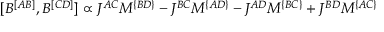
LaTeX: [ { \cal B } ^ { [ A B ] } , { \cal B } ^ { [ C D ] } ] \propto J ^ { A C } M ^ { \{ B D \} } - J ^ { B C } M ^ { \{ A D \} } - J ^ { A D } M ^ { \{ B C \} } + J ^ { B D } M ^ { \{ A C \} }